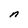
Character: n